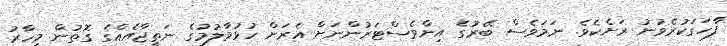
ފާހަގަކުރެވުނު ރަށެކެވެ. ނަމަވެސް ބޭރުގެ އިންވެސްޓަރުންނަށް އެރަށް ހުޅުވާލުމުގެ ނަތީޖާއެއްގެ ގޮތުން މިހާރު